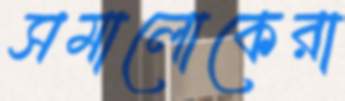
সমালোকেরা